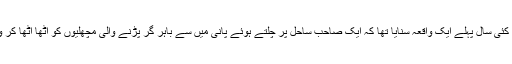
میری ایک بہت اچھی دوست نے کئی سال پہلے ایک واقعہ سنایا تھا کہ ایک صاحب ساحل پر چلتے ہوئے پانی میں سے باہر گر پڑنے والی مچھلیوں کو اٹھا اٹھا کر واپس پانی میں پھینک رہے تھے۔